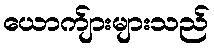
ယောက်ျားများသည်